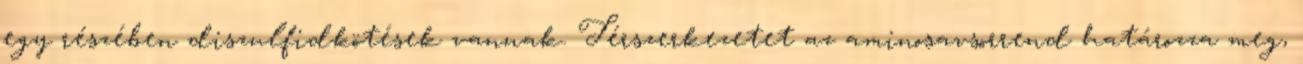
egy részében diszulfidkötések vannak. Térszerkezetet az aminosavsorrend határozza meg,